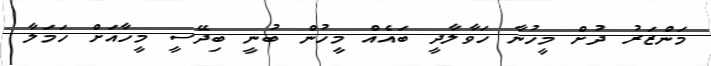
މަންޒަރު ދުށް މީހުނާ ހަވާލާދީ ބައެއް މީހުން ބުނީ ބިދޭސީ މީހާއަށް ހަމަލާ